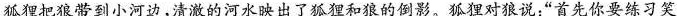
狐狸把狼带到小河边，清澈的河水映出了狐狸和狼的倒影。狐狸对狼说：”首先你要练习笑